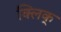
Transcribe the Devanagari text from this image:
क्लिक्